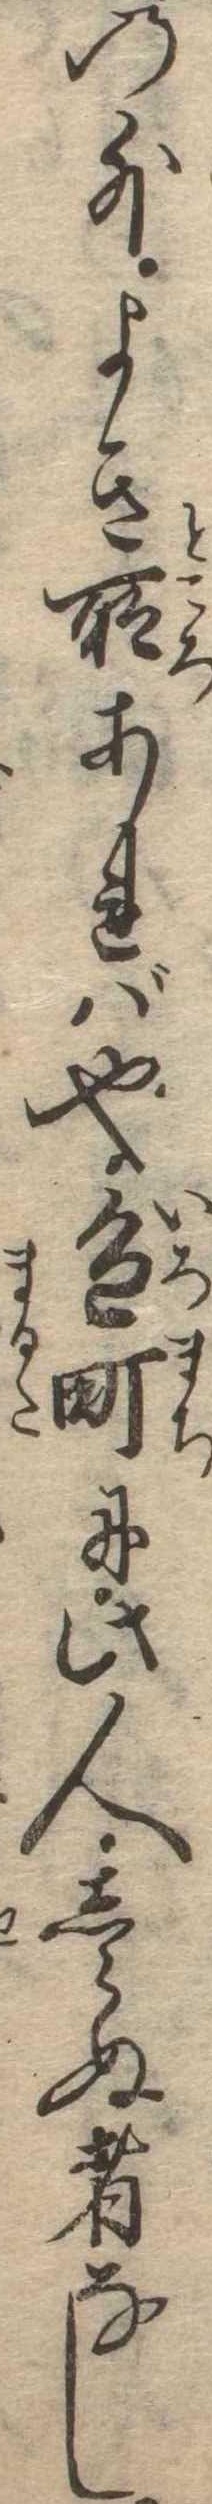
の外よき所あれば也色町に此人しらぬ者なし